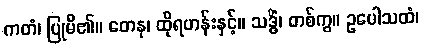
ကတံ၊ ပြုမိ၏။ တေန၊ ထိုရဟန်းနှင့်။ သဒ္ဓိံ၊ တစ်ကွ။ ဥပေါသထံ၊